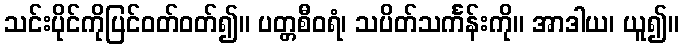
သင်းပိုင်ကိုပြင်ဝတ်ဝတ်၍။ ပတ္တစီဝရံ၊ သပိတ်သင်္ကန်းကို။ အာဒါယ၊ ယူ၍။